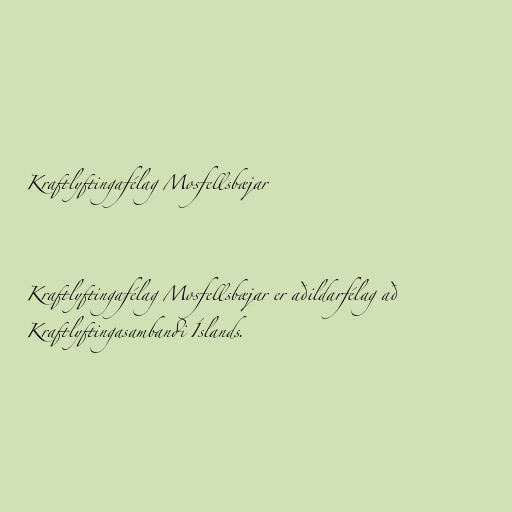
Kraftlyftingafélag Mosfellsbæjar

Kraftlyftingafélag Mosfellsbæjar er aðildarfélag að
Kraftlyftingasambandi Íslands.